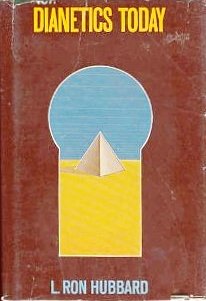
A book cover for Dianetics Today; L. Ron Hubbard; Religion & Spirituality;